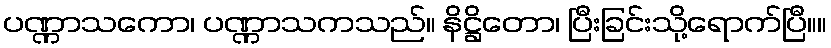
ပဏ္ဏာသကော၊ ပဏ္ဏာသကသည်။ နိဋ္ဌိတော၊ ပြီးခြင်းသို့ရောက်ပြီ။။